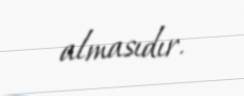
almasıdır.